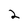
Character: 2